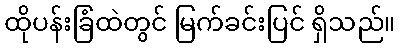
ထိုပန်းခြံထဲတွင် မြက်ခင်းပြင် ရှိသည်။